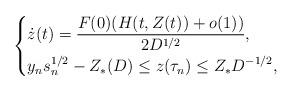
LaTeX: \begin{align*}\left\{\begin{aligned}& \dot z(t) = \dfrac{F(0)(H(t,Z(t))+o(1))}{2D^{1/2}},\\& y_n s_n^{1/2}-Z_*(D)\le z(\tau_n)\le Z_* D^{-1/2},\end{aligned}\right.\end{align*}